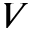
V